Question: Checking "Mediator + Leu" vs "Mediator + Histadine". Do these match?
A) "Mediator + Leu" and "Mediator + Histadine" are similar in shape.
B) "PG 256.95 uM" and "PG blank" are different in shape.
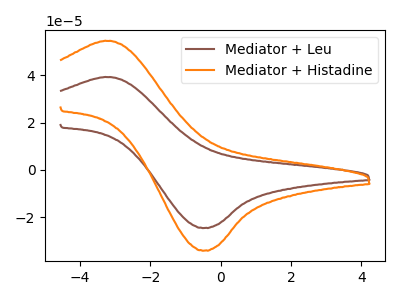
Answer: <think>The brown curve "Mediator + Leu" has an anodic peak at (-3.10V, 39.25uA) and a cathodic peak at (-0.45V, -24.50uA). The orange curve "Mediator + Histadine" has an anodic peak at (-3.10V, 54.55uA) and a cathodic peak at (-0.45V, -34.05uA).
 All the peaks in "Mediator + Leu" have a peak in "Mediator + Histadine" at the same potential. Every peak in "Mediator + Leu" is lower than every peak in "Mediator + Histadine".</think>
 <answer>A) "Mediator + Leu" and "Mediator + Histadine" are similar in shape.</answer>
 <eval>A</eval>